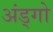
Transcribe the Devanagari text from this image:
अंड्गो